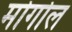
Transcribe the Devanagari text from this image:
मोगोल